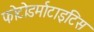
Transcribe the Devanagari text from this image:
फोटोडर्माटाइटिस